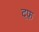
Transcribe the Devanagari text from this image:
दफ़